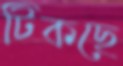
টিকছে